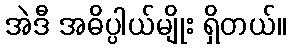
အဲဒီ အဓိပ္ပါယ်မျိုး ရှိတယ်။